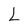
Character: L